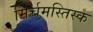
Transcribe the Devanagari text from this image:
मिर्चमस्तिस्क